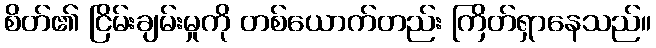
စိတ်၏ ငြိမ်းချမ်းမှုကို တစ်ယောက်တည်း ကြိတ်ရှာနေသည်။